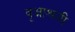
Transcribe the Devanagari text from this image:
वृक्षाश्रयी